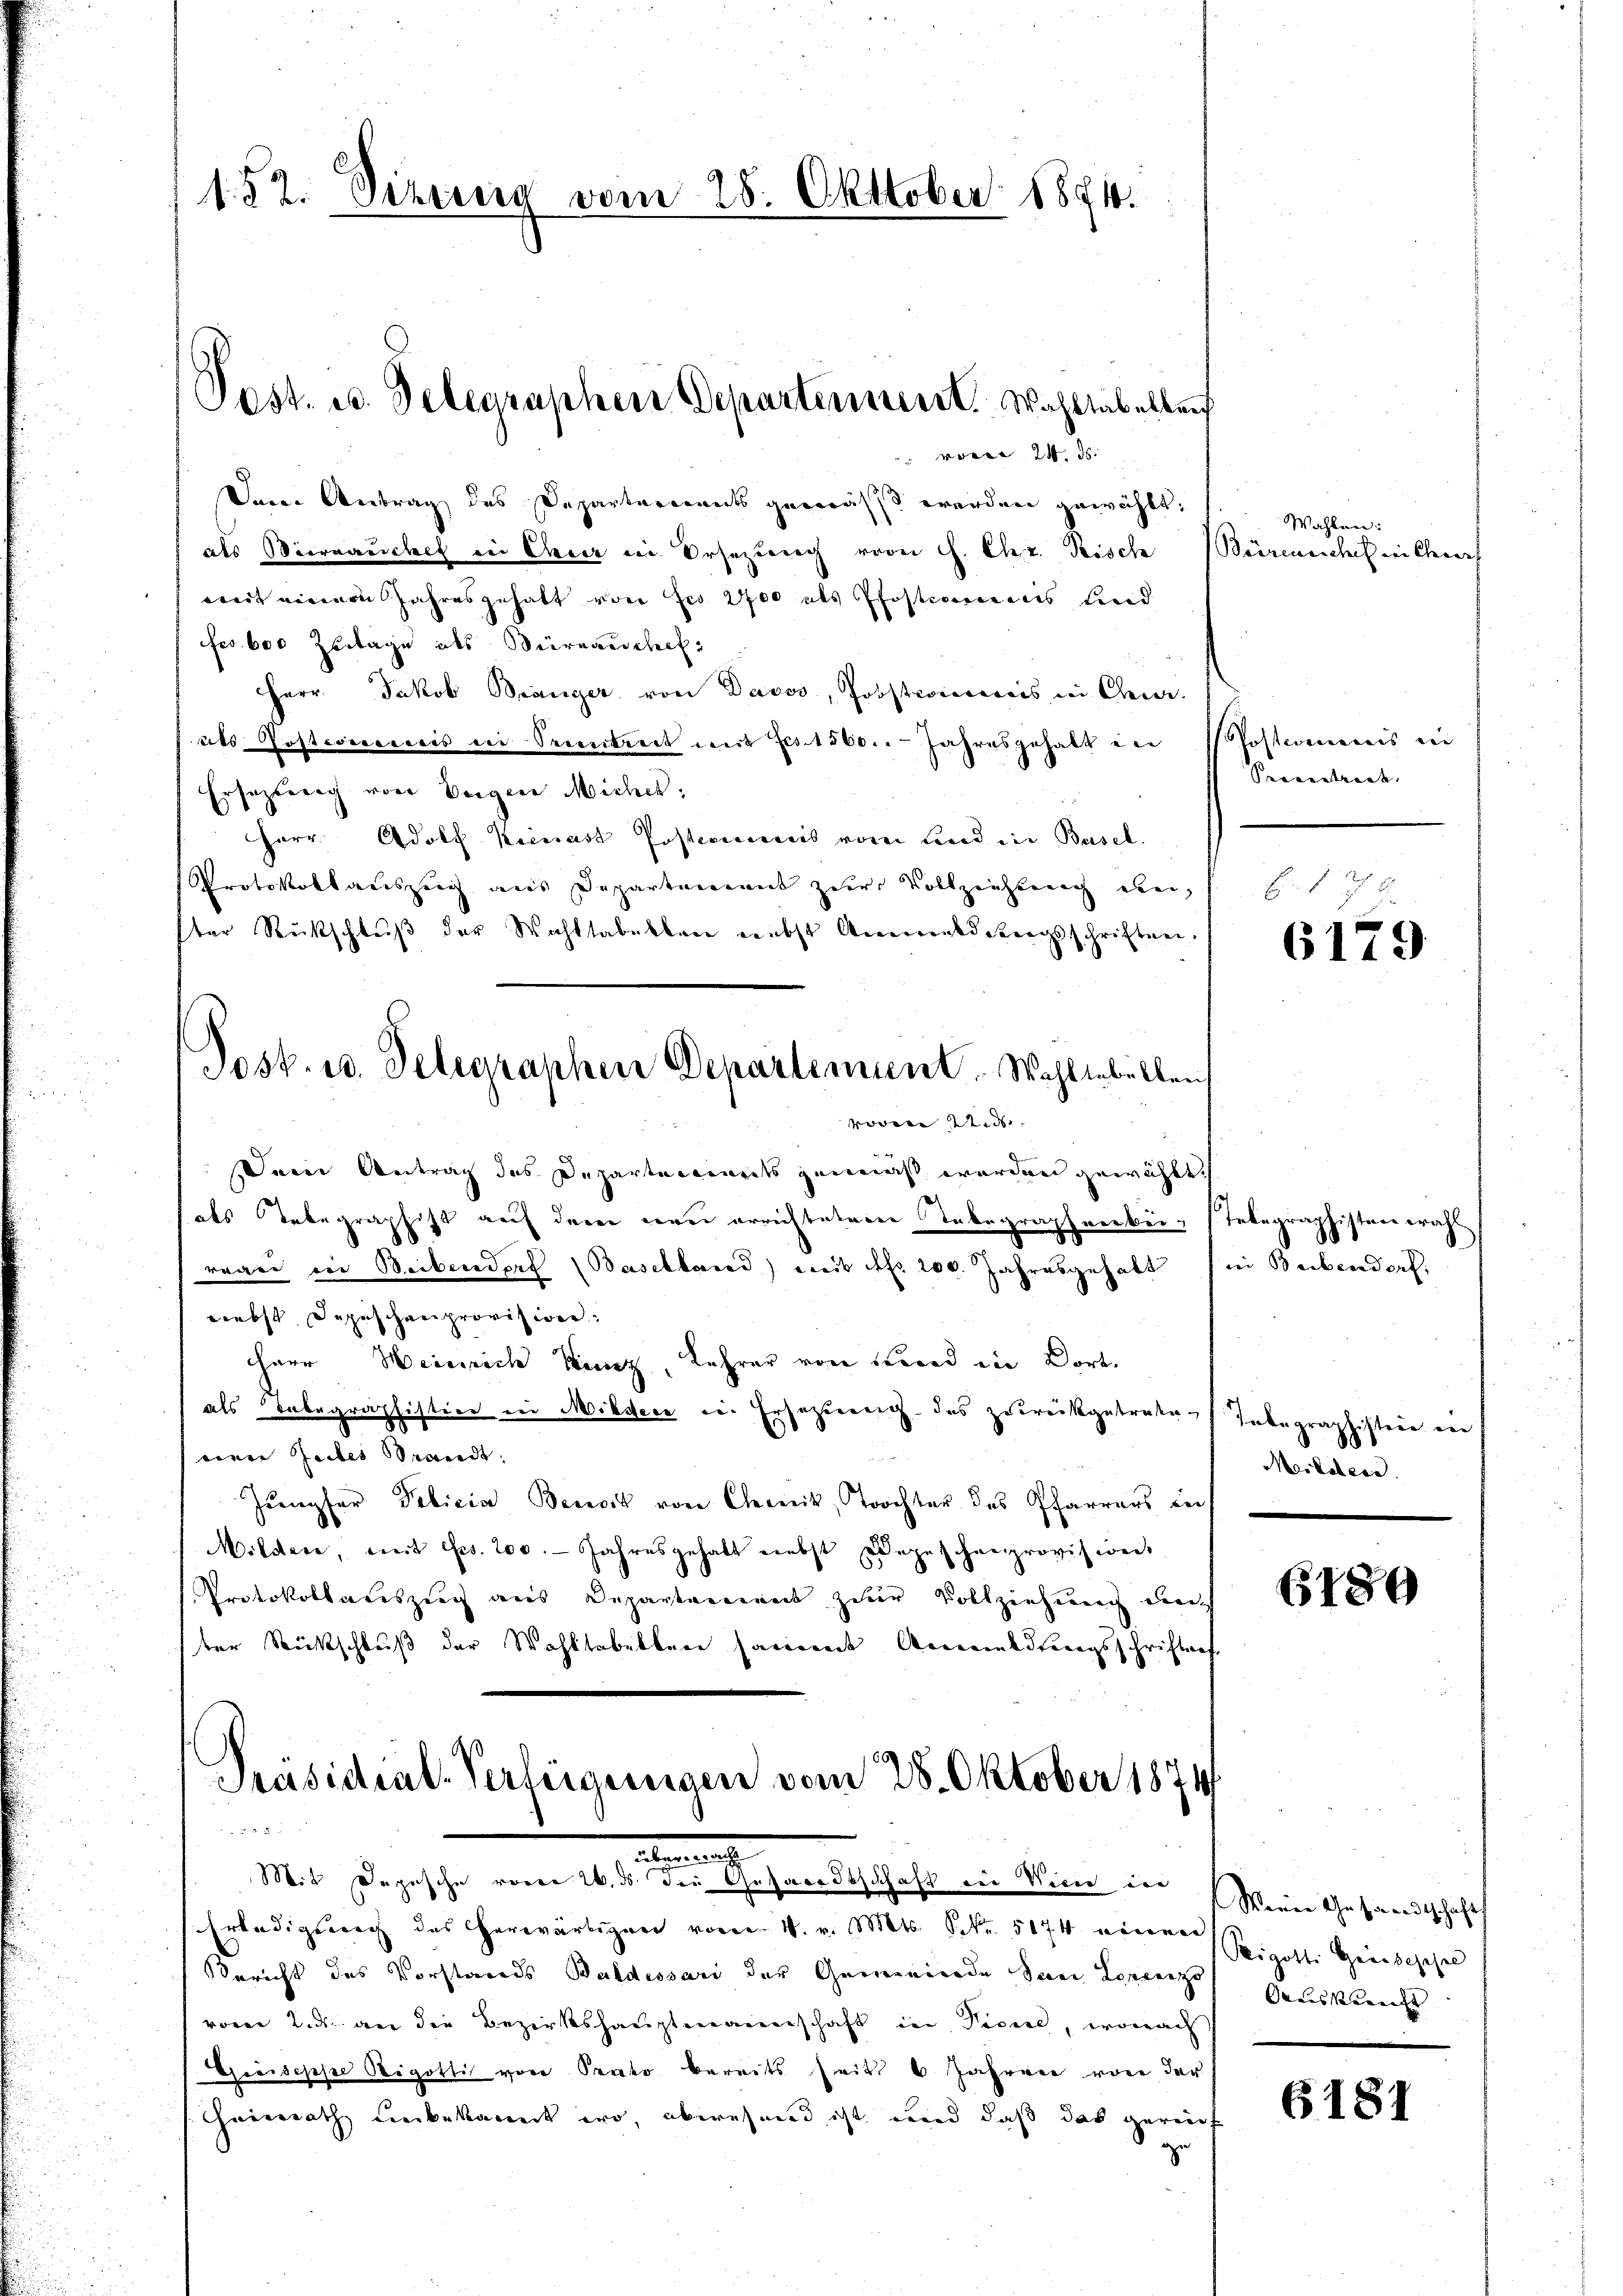
152. Vizeung vom 28. Okttober 1894.

Post. u. Telegraphen Departement. Wahltabelleich

24. ds.
Deine Antrag des Departarients gemässt werden gewählt:
als Bierrauches in Creiz in Ersezung vom C. Chr. Rische
mit einem Jahresgehalt von fes 2400 als Pfostianicus beid
Fr. 600 Zeitage als Büreauschef
Herr Jakob Bränger von Davos, Jobsteierereis in Chever-
als Postconecceis in Seintrict mit Frs. 1560. Jahresgehalt in Postamens in
Ersezung von Vergen Micher:
Herr Adolf Kienast Posteriis vom Land ein Basel.
Protokollauszug aus Departenannt zur Vollziehung eben,
ster Rückschlŭβ der Wohltabelben nebst Anmeldungsschriften.
Posk. u. Telegraphen Departement. Wahllebellen
voren eid.
Seine Antrag des Departements genennst werden gewählt
als Tabegraphist auf dem neu errichtetenen Tabegrapherbei- Telegraphisten wahl
waare der Beibendorf (Baselland) weit des 200. Jahresgehalt in Beibendorf,
reebst Depeschenprovisione.
darr Heinrich Kunz, Lehrer von Kind die Dort
als abegraphistion in Mildere in Ersezung des zurückgetraten Inbegraphistere die
eiere Zeites Brandt.
Jupfer Pebicia Benoit von Chemnik, Tochter des Pfarrers in
Mildere, mit Frs. 200. Jahresgehalt nebst Depeschenprovision
Protokollaceszeich aus Departement zur Vollziehung durch
ter Rückschluß der Wohltobelben sammt Anmeldtungsschriftes

Präsidial-Verfügungen vom 28. Oktober 1874
 x

Erledigung des Herwärtiger vom V. v. Mts. Fr. 5174 einer
Bericht des Vorstands Baldessari der Gemeinde Juni Lorenz
vom 2. an die Bezirkshauptmannschaft in Picire, wonach
Greiseppe Rigotti von Proto bereits seit 6 Jahren von der
heirath unbekannt wo, abwesend ist und daß das gereich
ae

.
Mit Depesche voren 26. ds. die Gesandtschaft ein Vice die

Wahlen:
Bürenschchen Chorh

Prevertragt,

E

s

6179

Meshohere

6189

Wenn Gesandtschaft
Peigolte Genischehen
Onaissance

6181